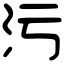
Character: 污